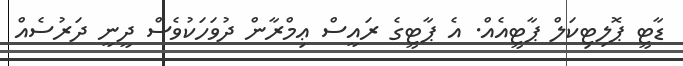
ޑާޓީ ޕޮލިޓިކަލް ޕާޓީއެއް. އެ ޕާޓީގެ ރައީސް ޢިމްރާން ދުވަހަކުވެސް ދީނީ ދަރުސެއް